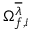
\Omega _ { f , i } ^ { \overline { { \lambda } } }